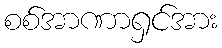
စစ်အာဏာရှင်အား